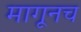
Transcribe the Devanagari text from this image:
मागूनच